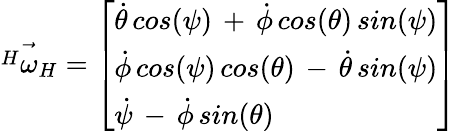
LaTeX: \vec{{^H}\omega_{H}}=\left[\begin{array}{l}{\dot{\theta}\, cos(\psi)\, +\, \dot{\phi}\, cos(\theta)\, sin(\psi)}\\ {\dot{\phi}\, cos(\psi)\, cos(\theta)\, -\, \dot{\theta}\, sin(\psi)}\\ {\dot{\psi}\, -\, \dot{\phi}\, sin(\theta)}\end{array}\right]